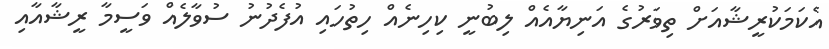
އެކަމަކުރީޝާއަށް ތިވަރުގެ އަނިޔާއެއް ލިބުނީ ކިހިނެއް ހިތުހައި އުފެދުުނު ސުވާލެއް ވަސީމާ ރީޝާއާއި